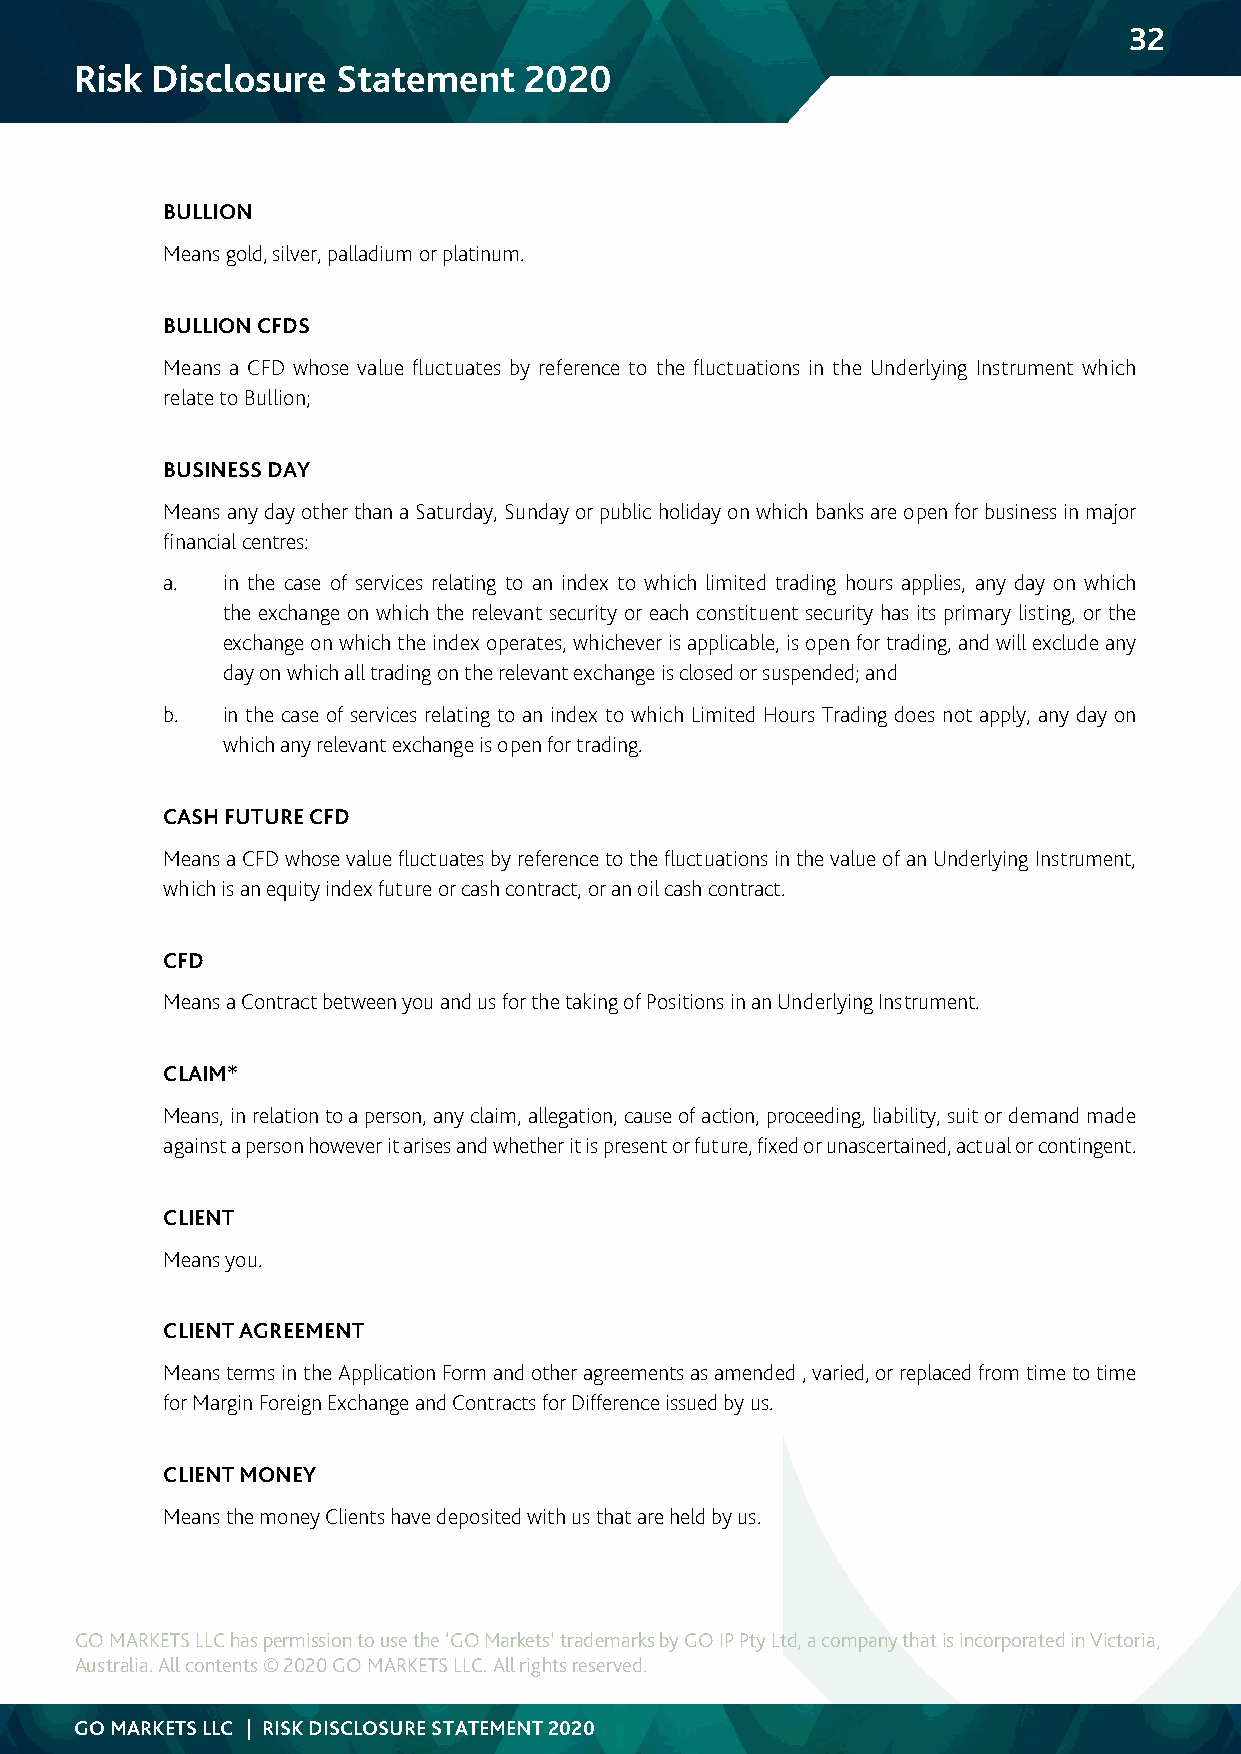
32
 Risk Disclosure  Statement    2020
 BULLION
 Means gold, silver, palladium or platinum.
 BULLION CFDS
 Means a CFD whose value fluctuates by reference to the fluctuations in the Underlying Instrument which
 relate to Bullion;
 BUSINESS DAY
 Means any day other than a Saturday, Sunday or public holiday on which banks are open for business in major
 financial centres:
 a.  in the case of services relating to an index to which limited trading hours applies, any day on which
 the exchange on which the relevant security or each constituent security has its primary listing, or the
 exchange on which the index operates, whichever is applicable, is open for trading, and will exclude any
 day on which all trading on the relevant exchange is closed or suspended; and
 b.  in the case of services relating to an index to which Limited Hours Trading does not apply, any day on
 which any relevant exchange is open for trading.
 CASH FUTURE CFD
 Means a CFD whose value fluctuates by reference to the fluctuations in the value of an Underlying Instrument,
 which is an equity index future or cash contract, or an oil cash contract.
 CFD
 Means a Contract between you and us for the taking of Positions in an Underlying Instrument.
 CLAIM*
 Means, in relation to a person, any claim, allegation, cause of action, proceeding, liability, suit or demand made
 against a person however it arises and whether it is present or future, fixed or unascertained, actual or contingent.
 CLIENT
 Means you.
 CLIENT AGREEMENT
 Means terms in the Application Form and other agreements as amended , varied, or replaced from time to time
 for Margin Foreign Exchange and Contracts for Difference issued by us.
 CLIENT MONEY
 Means the money Clients have deposited with us that are held by us.
 GO MARKETS LLC has permission to use the ‘GO Markets’ trademarks by GO IP Pty Ltd, a company that is incorporated in Victoria,
 Australia. All contents © 2020 GO MARKETS LLC. All rights reserved.
 GO MARKETS LLC | RISK DISCLOSURE STATEMENT 2020